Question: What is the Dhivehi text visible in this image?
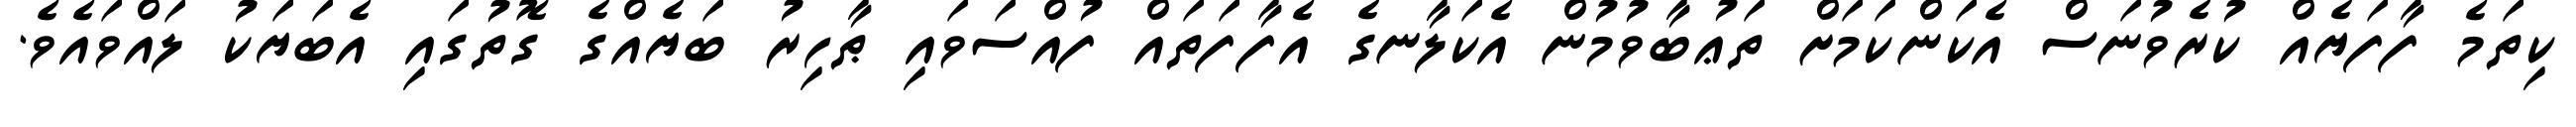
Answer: ކިތަމެ ފާފަޔެއް ކުރެވުނަސް އެކަންކަމަށް ތަޢުބާވުމުން އެކަލާނގެ އެފާފަތައް ފުއްސަވައި ޠާހިރު ބަޔެއްގެ ގޮތުގައި އެބަޔަކު ލައްވައެވެ.